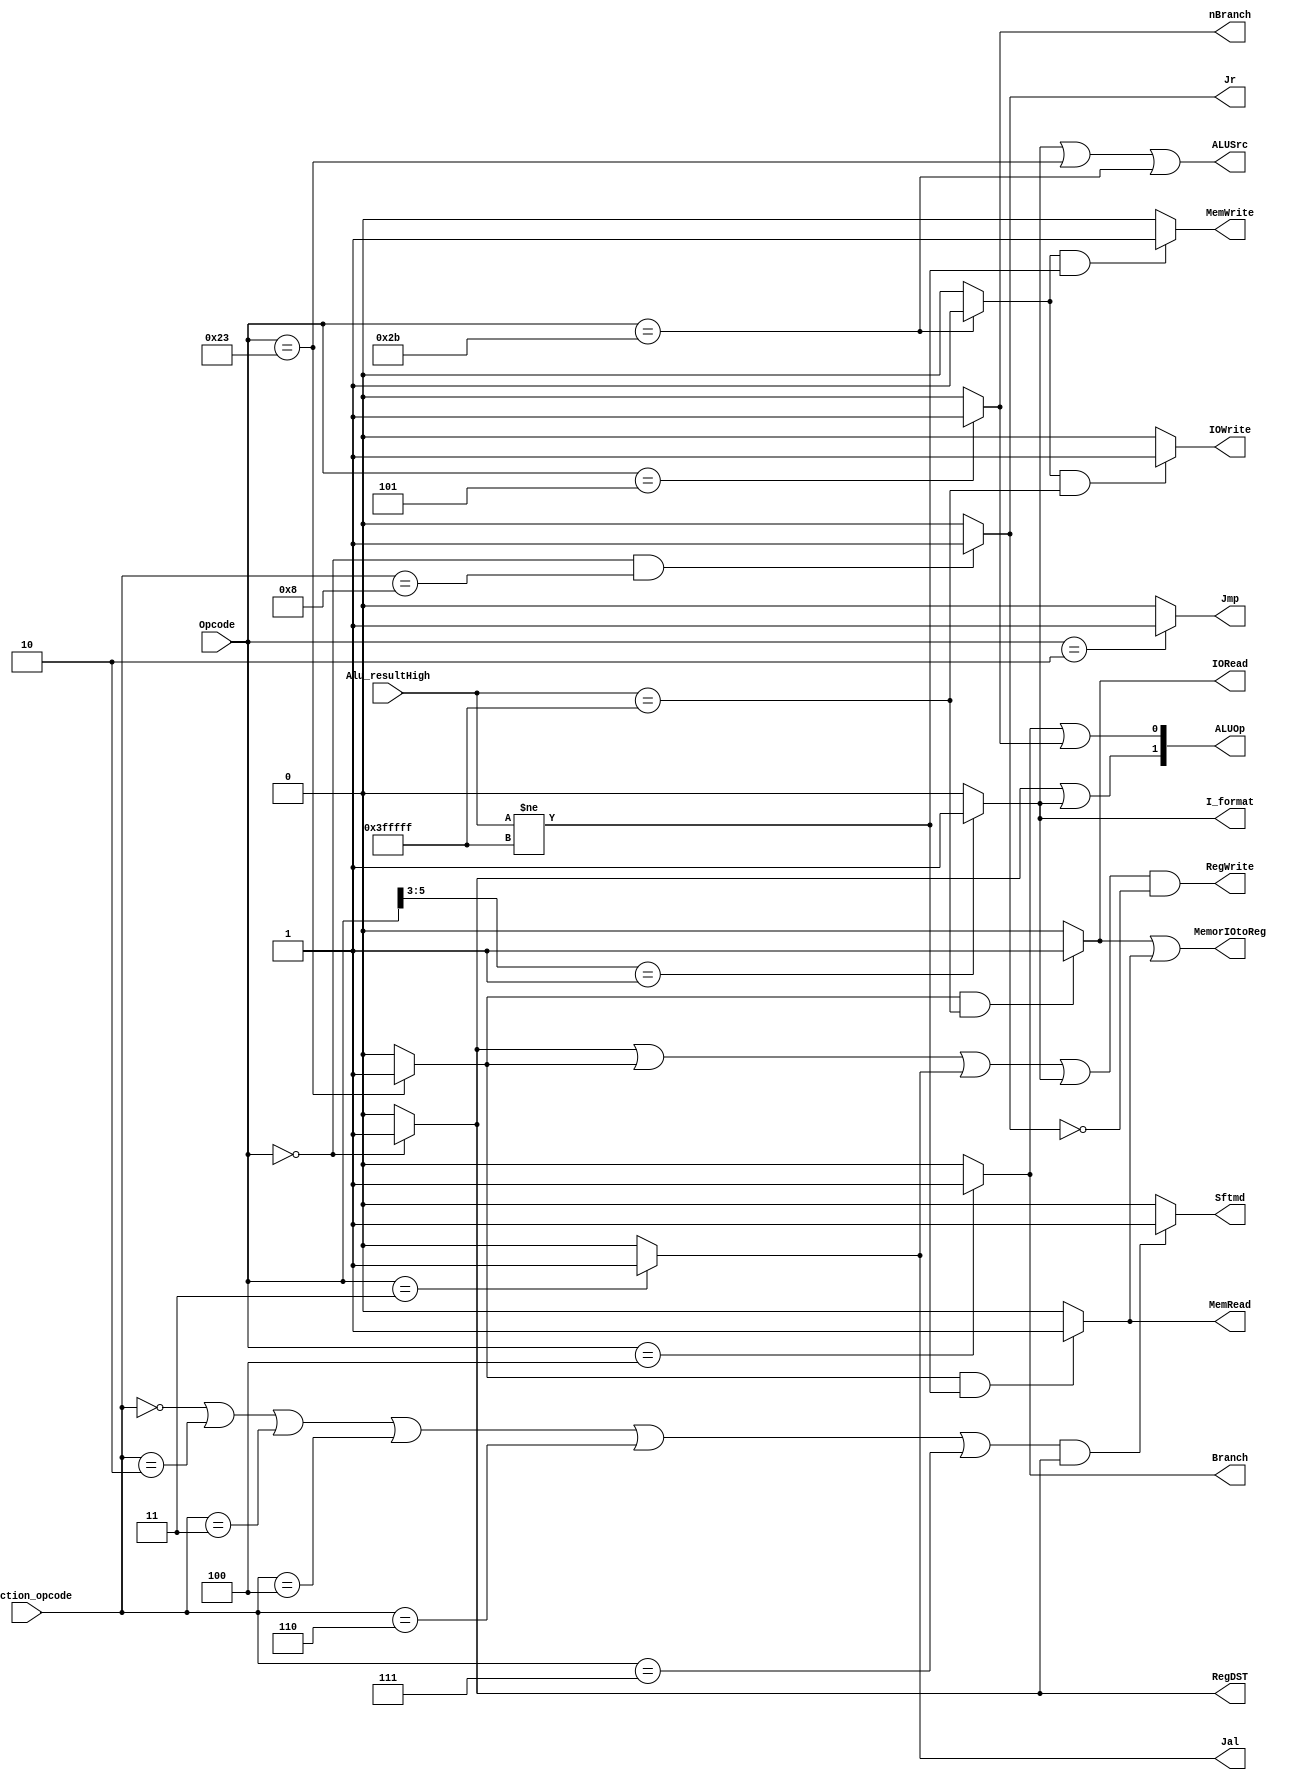
`timescale 1ns / 1ps
//////////////////////////////////////////////////////////////////////////////////
// Company: Southern University of Science and Technology 
// Engineer: 
// 
// Module Name: CPU_TOP
// Project Name: MIPS Single Cycle CPU
// Target Devices: Xilinx Board. Tested on MINISYS.
// Description: 
// 
//////////////////////////////////////////////////////////////////////////////////

module CpuController(Opcode,Function_opcode,Jr,Branch,nBranch,Jmp,Jal, Alu_resultHigh, RegDST, MemorIOtoReg, RegWrite, MemRead, MemWrite, IORead, IOWrite,
ALUSrc,ALUOp,Sftmd,I_format);
    input[5:0] Opcode; // instruction[31:26], opcode
    input[5:0] Function_opcode; // instructions[5:0], funct
    output Jr; // 1 indicates the instruction is "jr", otherwise it's not "jr" output Jmp, // 1 indicate the instruction is "j", otherwise it's not
    output Branch; // 1 indicate the instruction is "beq" , otherwise it's not
    output nBranch; // 1 indicate the instruction is "bne", otherwise it's not
    output Jmp;
    output Jal;
    input[21:0] Alu_resultHigh; // From the execution unit Alu_Result[31..10]
    output RegDST; // 1 indicate destination register is "rd"(R),otherwise it's "rt"(I)
    output MemorIOtoReg; // 1 indicates that data needs to be read from memory or I/O to the register
    output RegWrite; // 1 indicates that the instruction needs to write to the register
    output MemRead; // 1 indicates that the instruction needs to read from the memory
    output MemWrite; // 1 indicates that the instruction needs to write to the memory
    output IORead; // 1 indicates I/O read
    output IOWrite; // 1 indicates I/O write
    output ALUSrc; // 1 indicate the 2nd data is immidiate (except "beq","bne")
    output Sftmd; // 1 indicate the instruction is shift instruction
    output I_format;/* 1 indicate the instruction is I-type but isn't "beq","bne","LW" or "SW" */
    output[1:0] ALUOp;/* if the instruction is R-type or I_format, ALUOp is 2'b10;
    if the instruction is"beq" or "bne", ALUOp is 2'b01??
    if the instruction is"lw" or "sw", ALUOp is 2'b00??*/ 
    
    wire Lw,sw,R_format;
    assign Lw = (Opcode==6'b100011)? 1'b1:1'b0;
    assign sw = (Opcode==6'b101011)? 1'b1:1'b0;
    
    assign Jr =((Opcode==6'b000000)&&(Function_opcode==6'b001000)) ? 1'b1 : 1'b0;
    assign Jal = (Opcode==6'b000011)? 1'b1:1'b0;
    assign Jmp = (Opcode==6'b000010)? 1'b1:1'b0;
    assign Branch = (Opcode==6'b000100)? 1'b1:1'b0;
    assign nBranch = (Opcode==6'b000101)? 1'b1:1'b0;
    assign R_format = (Opcode==6'b000000)? 1'b1:1'b0;
    assign RegDST = R_format;
    assign I_format = (Opcode[5:3]==3'b001)?1'b1:1'b0;
    assign ALUSrc = I_format||(Opcode==6'b100011)||(Opcode==6'b101011);
    assign ALUOp = {(R_format || I_format),(Branch || nBranch)};
    assign Sftmd = (((Function_opcode==6'b000000)||(Function_opcode==6'b000010)
    ||(Function_opcode==6'b000011)||(Function_opcode==6'b000100)
    ||(Function_opcode==6'b000110)||(Function_opcode==6'b000111))
    && R_format)? 1'b1:1'b0;
    
    
    assign RegWrite = (R_format || Lw || Jal || I_format) && !(Jr) ; // Write memory or write IO
    assign MemWrite = ((sw==1) && (Alu_resultHigh[21:0] != 22'h3FFFFF)) ? 1'b1:1'b0;
    assign MemRead = ((Lw==1) && (Alu_resultHigh[21:0] != 22'h3FFFFF)) ? 1'b1:1'b0; // Read memory
    assign IORead = ((Lw==1) && (Alu_resultHigh[21:0] == 22'h3FFFFF)) ? 1'b1:1'b0; // Read input port
    assign IOWrite = ((sw==1) && (Alu_resultHigh[21:0] == 22'h3FFFFF)) ? 1'b1:1'b0; // Write output port
    // Read operations require reading data from memory or I/O to write to the register
    assign MemorIOtoReg = IORead || MemRead;
endmodule